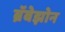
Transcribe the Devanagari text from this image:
ब्रॅबेझोन